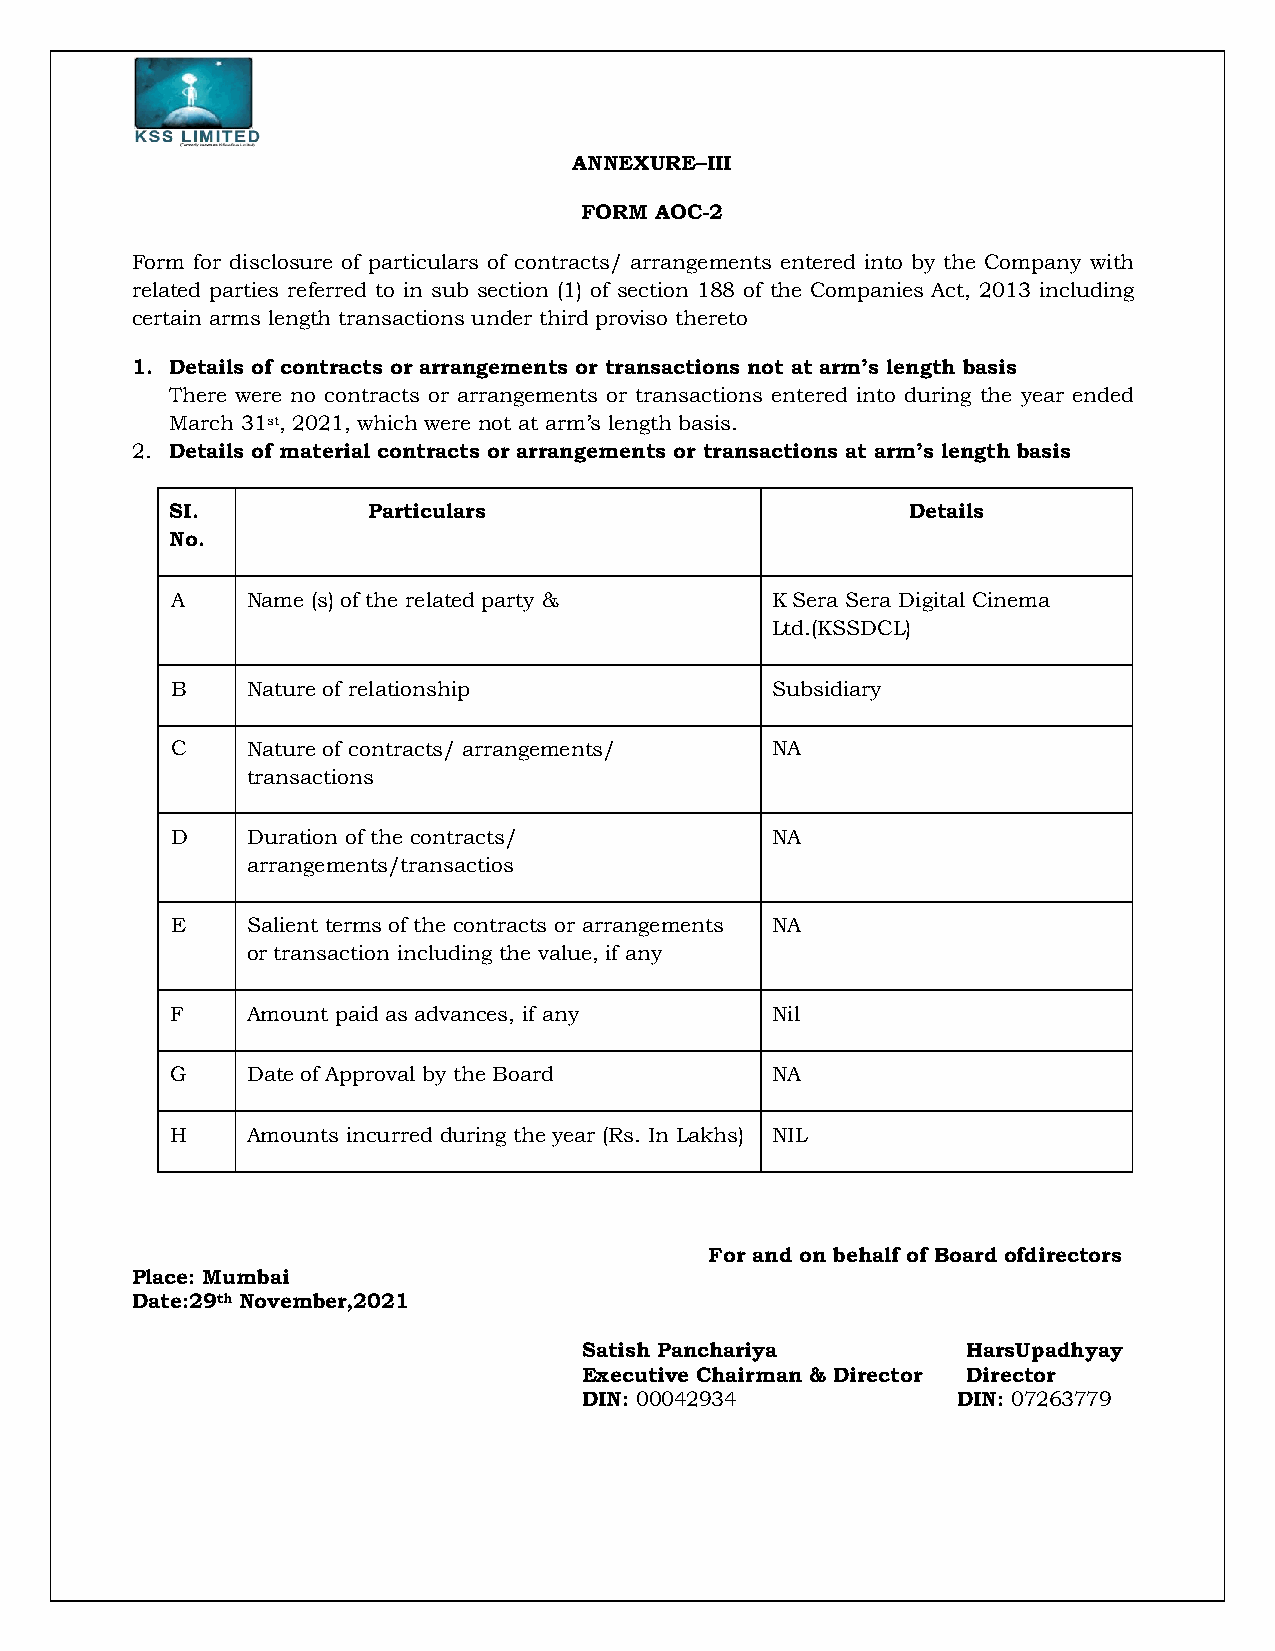
ANNEXURE–III
 FORM AOC-2
 Form for disclosure of particulars of contracts/ arrangements entered into by the Company with
 related parties referred to in sub section (1) of section 188 of the Companies Act, 2013 including
 certain arms length transactions under third proviso thereto
 1. Details of contracts or arrangements or transactions not at arm’s length basis
 There were no contracts or arrangements or transactions entered into during the year ended
 March 31st, 2021, which were not at arm’s length basis.
 2. Details of material contracts or arrangements or transactions at arm’s length basis
 SI.          Particulars                         Details
 No.
 A    Name (s) of the related party &    K Sera Sera Digital Cinema
 Ltd.(KSSDCL)
 B    Nature of relationship             Subsidiary
 C    Nature of contracts/ arrangements/ NA
 transactions
 D    Duration of the contracts/         NA
 arrangements/transactios
 E    Salient terms of the contracts or arrangements NA
 or transaction including the value, if any
 F    Amount paid as advances, if any    Nil
 G    Date of Approval by the Board      NA
 H    Amounts incurred during the year (Rs. In Lakhs) NIL
 For and on behalf of Board ofdirectors
 Place: Mumbai
 Date:29th November,2021
 Satish Panchariya        HarsUpadhyay
 Executive Chairman & Director Director
 DIN: 00042934           DIN: 07263779